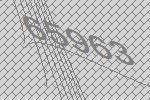
65963